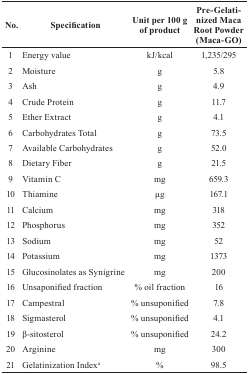
<table><thead><tr><td><b>No.</b></td><td><b>Specification</b></td><td><b>Unit per 100 g of product</b></td><td><b>Pre-Gelatinized Maca Root Powder (Maca-GO)</b></td></tr></thead><tbody><tr><td>1</td><td>Energy value</td><td>kJ/kcal</td><td>1,235/295</td></tr><tr><td>2</td><td>Moisture</td><td>g</td><td>5.8</td></tr><tr><td>3</td><td>Ash</td><td>g</td><td>4.9</td></tr><tr><td>4</td><td>Crude Protein</td><td>g</td><td>11.7</td></tr><tr><td>5</td><td>Ether Extract</td><td>g</td><td>4.1</td></tr><tr><td>6</td><td>Carbohydrates Total</td><td>g</td><td>73.5</td></tr><tr><td>7</td><td>Available Carbohydrates</td><td>g</td><td>52.0</td></tr><tr><td>8</td><td>Dietary Fiber</td><td>g</td><td>21.5</td></tr><tr><td>9</td><td>Vitamin C</td><td>mg</td><td>659.3</td></tr><tr><td>10</td><td>Thiamine</td><td>μg</td><td>167.1</td></tr><tr><td>11</td><td>Calcium</td><td>mg</td><td>318</td></tr><tr><td>12</td><td>Phosphorus</td><td>mg</td><td>352</td></tr><tr><td>13</td><td>Sodium</td><td>mg</td><td>52</td></tr><tr><td>14</td><td>Potassium</td><td>mg</td><td>1373</td></tr><tr><td>15</td><td>Glucosinolates as Synigrine</td><td>mg</td><td>200</td></tr><tr><td>16</td><td>Unsaponified fraction</td><td>% oil fraction</td><td>16</td></tr><tr><td>17</td><td>Campestral</td><td>% unsuponified</td><td>7.8</td></tr><tr><td>18</td><td>Sigmasterol</td><td>% unsuponified</td><td>4.1</td></tr><tr><td>19</td><td>β-sitosterol</td><td>% unsuponified</td><td>24.2</td></tr><tr><td>20</td><td>Arginine</td><td>mg</td><td>300</td></tr><tr><td>21</td><td>Gelatinization Indexa</td><td>%</td><td>98.5</td></tr></tbody></table>